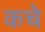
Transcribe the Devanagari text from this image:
कचे